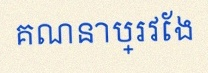
គណនាប្រវែង